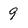
Character: 9